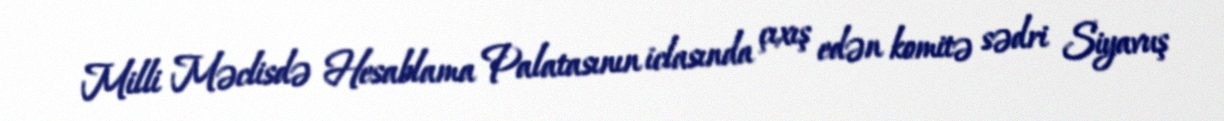
Milli Məclisdə Hesablama Palatasının iclasında çıxış edən komitə sədri Siyavuş